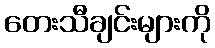
တေးသီချင်းများကို